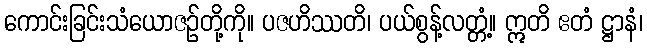
ကောင်းခြင်းသံယောဇဉ်တို့ကို။ ပဇဟိဿတိ၊ ပယ်စွန့်လတ္တံ့။ ဣတိ ဧတံ ဋ္ဌာနံ၊